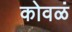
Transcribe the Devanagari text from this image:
कोवळं